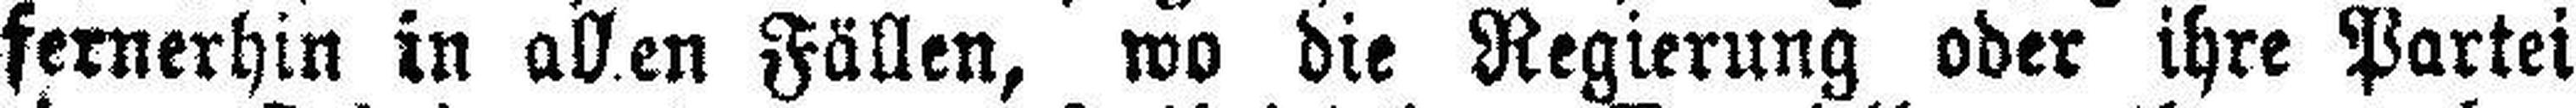
fernerhin in allen Fällen, wo die Regierung oder ihre Partei